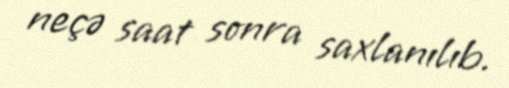
neçə saat sonra saxlanılıb.